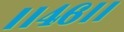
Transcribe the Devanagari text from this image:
।।४६।।